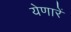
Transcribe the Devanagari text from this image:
येणारें